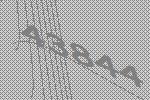
43844